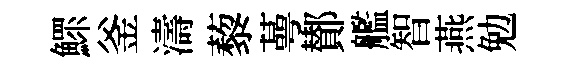
鰥釜濤藜蕚鄼艦智燕勉